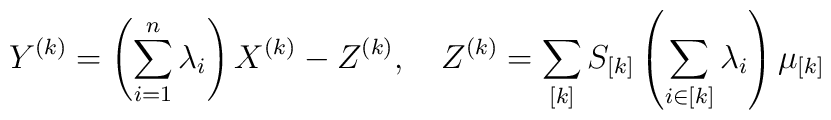
Y^{(k)}= \left(\sum_{i=1}^n \lambda_i \right) X^{(k)} -Z^{(k)}, \quad  Z^{(k)} =\sum_{[k]} S_{[k]}  \left( \sum_{i \in [k]} \lambda_i \right)\mu_{[k]}